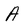
Character: A